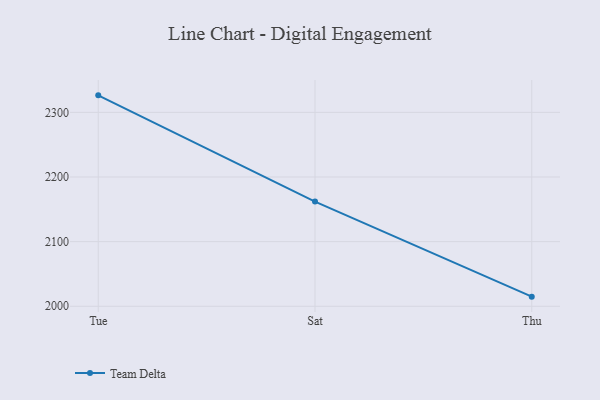
{"axis": {"x": "Day", "y": "Gross Profit (USD K)"}, "legend": ["Team Delta"], "data": [{"x": "Tue", "y": 2326.3, "type": "Team Delta"}, {"x": "Sat", "y": 2162.0, "type": "Team Delta"}, {"x": "Thu", "y": 2014.9, "type": "Team Delta"}]}